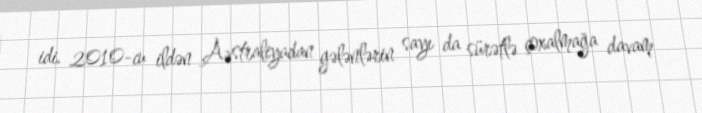
idi. 2010-cu ildən Avstraliyadan gələnlərin sayı da sürətlə çoxalmağa davam